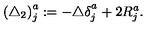
\left( \triangle _ { 2 } \right) _ { j } ^ { a } : = - \triangle \delta _ { j } ^ { a _ { { } } ^ { { } } } + 2 R _ { j } ^ { a } .